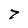
Character: 7